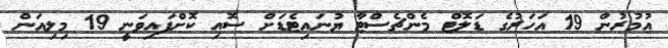
އުމުރުން 19 އަހަރުގެ ޑަލޮޓް މެންޗެސްޓާ ޔުނައިޓެޑަށް ސޮއި ކޮށްފައިވަނީ 19 މިލިއަން